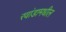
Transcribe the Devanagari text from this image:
रवांडामधील